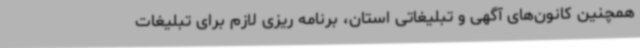
همچنین کانون‌های آگهی و تبلیغاتی استان، برنامه ریزی لازم برای تبلیغات